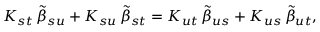
K _ { s t } \, { \tilde { \beta } } _ { s u } + K _ { s u } \, { \tilde { \beta } } _ { s t } = K _ { u t } \, { \tilde { \beta } } _ { u s } + K _ { u s } \, { \tilde { \beta } } _ { u t } ,